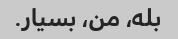
بله، من، بسیار.